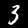
Label: 3